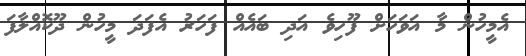
އެމީހުން މާ އަވަހަށް ފޫހިވެ އަދި ބައެއް ފަަހަރު އެފަދަ މީހުން ދޫކޮއްލާފަ